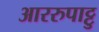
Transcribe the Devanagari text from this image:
आररुपाट्टु